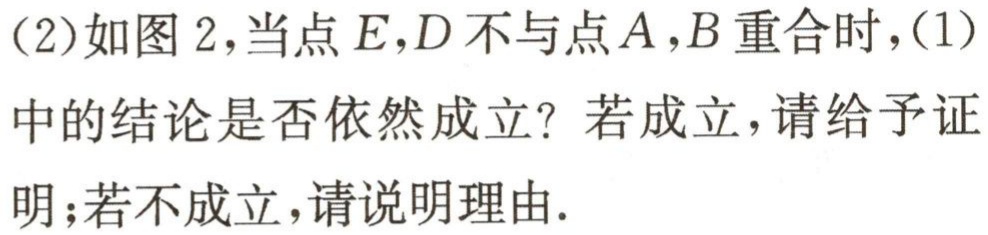
(2)如图2，当点\(E,D\)不与点\(A,B\)重合时，(1)中的结论是否依然成立？若成立，请给予证明；若不成立，请说明理由.